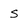
Character: s